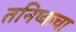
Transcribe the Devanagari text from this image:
तनिष्कचा